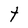
Character: t